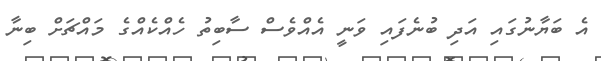
އެ ބަޔާނުގައި އަދި ބުނެފައި ވަނީ އެއްވެސް ސާބިތު ހެއްކެއްގެ މައްޗަށް ބިނާ